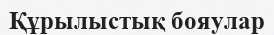
Құрылыстық бояулар